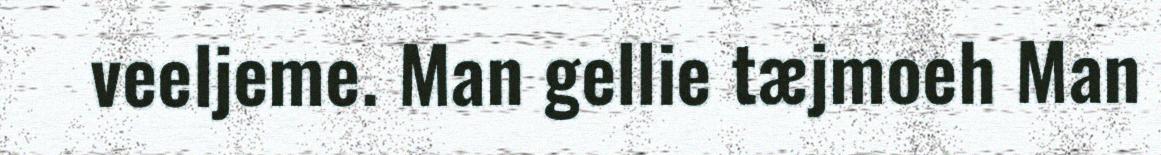
veeljeme. Man gellie tæjmoeh Man